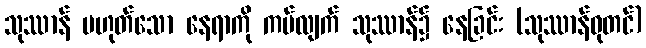
သုဿာန် မဟုတ်သော နေရာကို ကပ်လျက် သုဿာန်၌ နေခြင်း (သုဿာန်ဓုတင်)